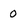
Character: 0